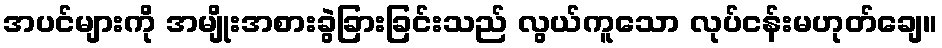
အပင်များကို အမျိုးအစားခွဲခြားခြင်းသည် လွယ်ကူသော လုပ်ငန်းမဟုတ်ချေ။